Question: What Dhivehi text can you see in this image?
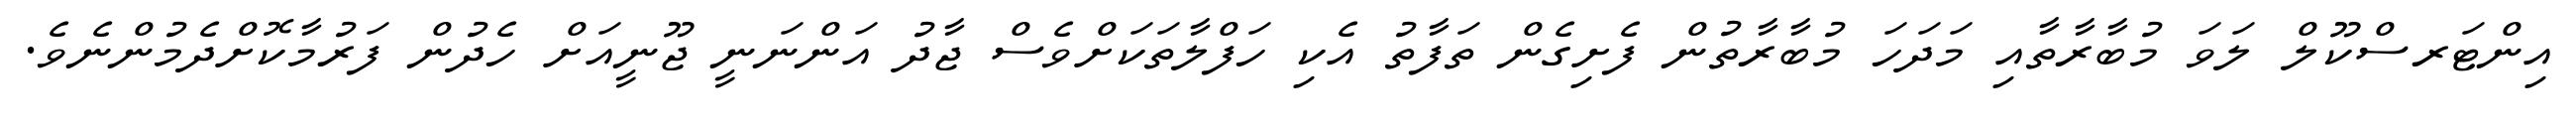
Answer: އިންޓަރސްކޫލް ލަވަ މުބާރާތާއި މަދަހަ މުބާރާތުން ފެށިގެން ތަފާތު އެކި ހަފްލާތަކަށްވެސް ޖާދު އަންނަނީ ޖޫނީއަށް ހެދުން ފަރުމާކޮށްދެމުންނެވެ.